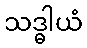
သဒ္ဓါယံ